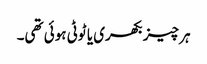
ہر چیز بکھری یا ٹوٹی ہوئی تھی۔